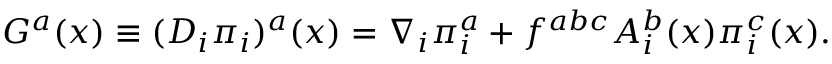
G ^ { a } ( x ) \equiv ( D _ { i } \pi _ { i } ) ^ { a } ( x ) = \nabla _ { i } \pi _ { i } ^ { a } + f ^ { a b c } A _ { i } ^ { b } ( x ) \pi _ { i } ^ { c } ( x ) .